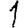
Digit: 1